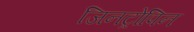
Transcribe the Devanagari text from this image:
जिनट्रोपिन